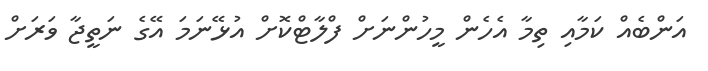
އަންބެއް ކަމާއި ތިމާ އެހެން މީހުންނަށް ފްލާޓްކޮށް އުޅޭނަމަ އޭގެ ނަތީޖާ ވަރަށް